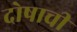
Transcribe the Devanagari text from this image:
दोषाची